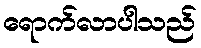
ရောက်လာပါသည်